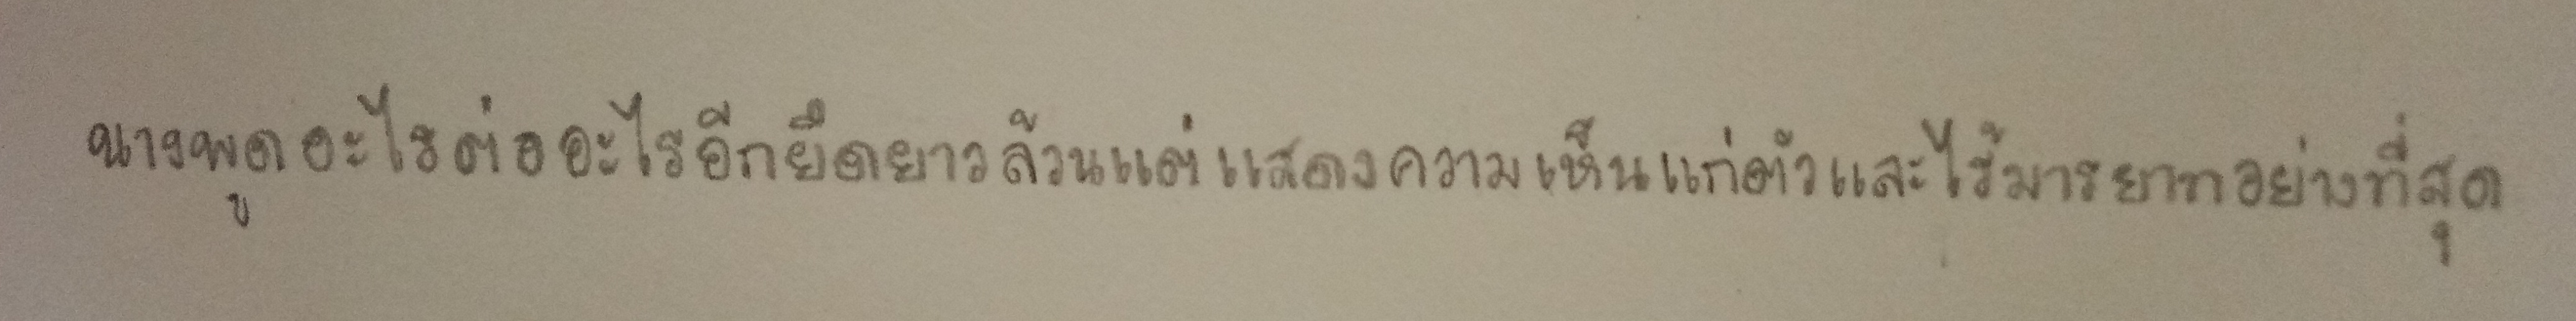
นางพูดอะไรต่ออะไรอีกยืดยาวล้วนแต่แสดงความเห็นแก่ตัวและไร้มารยาทอย่างที่สุด